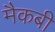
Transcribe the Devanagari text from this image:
मैकबी